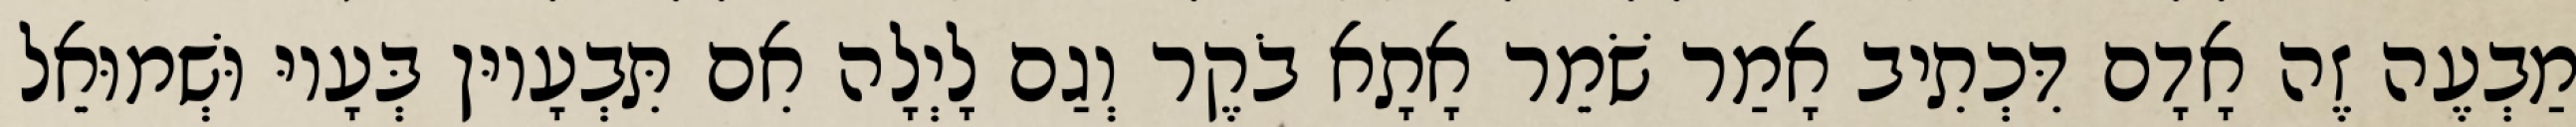
מַבְעֶה זֶה אָדָם דִּכְתִיב אָמַר שֹׁמֵר אָתָא בֹקֶר וְגַם לָיְלָה אִם תִּבְעָיוּן בְּעָיוּ וּשְׁמוּאֵל